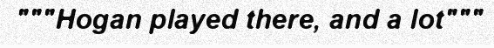
"""Hogan played there, and a lot"""